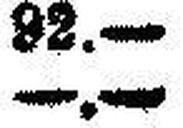
—.—